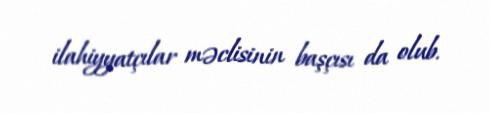
ilahiyyatçılar məclisinin başçısı da olub.